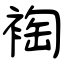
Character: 裪